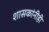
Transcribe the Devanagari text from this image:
शासकांनीही